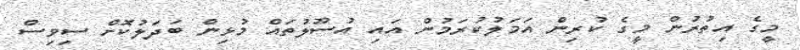
މީގެ އިތުރުން މީގެ ކުރިން އަމަލުކުރަމުން އައި އުސޫލުތައް މުޅިން ބަދަލުކޮށް ސިވިސް